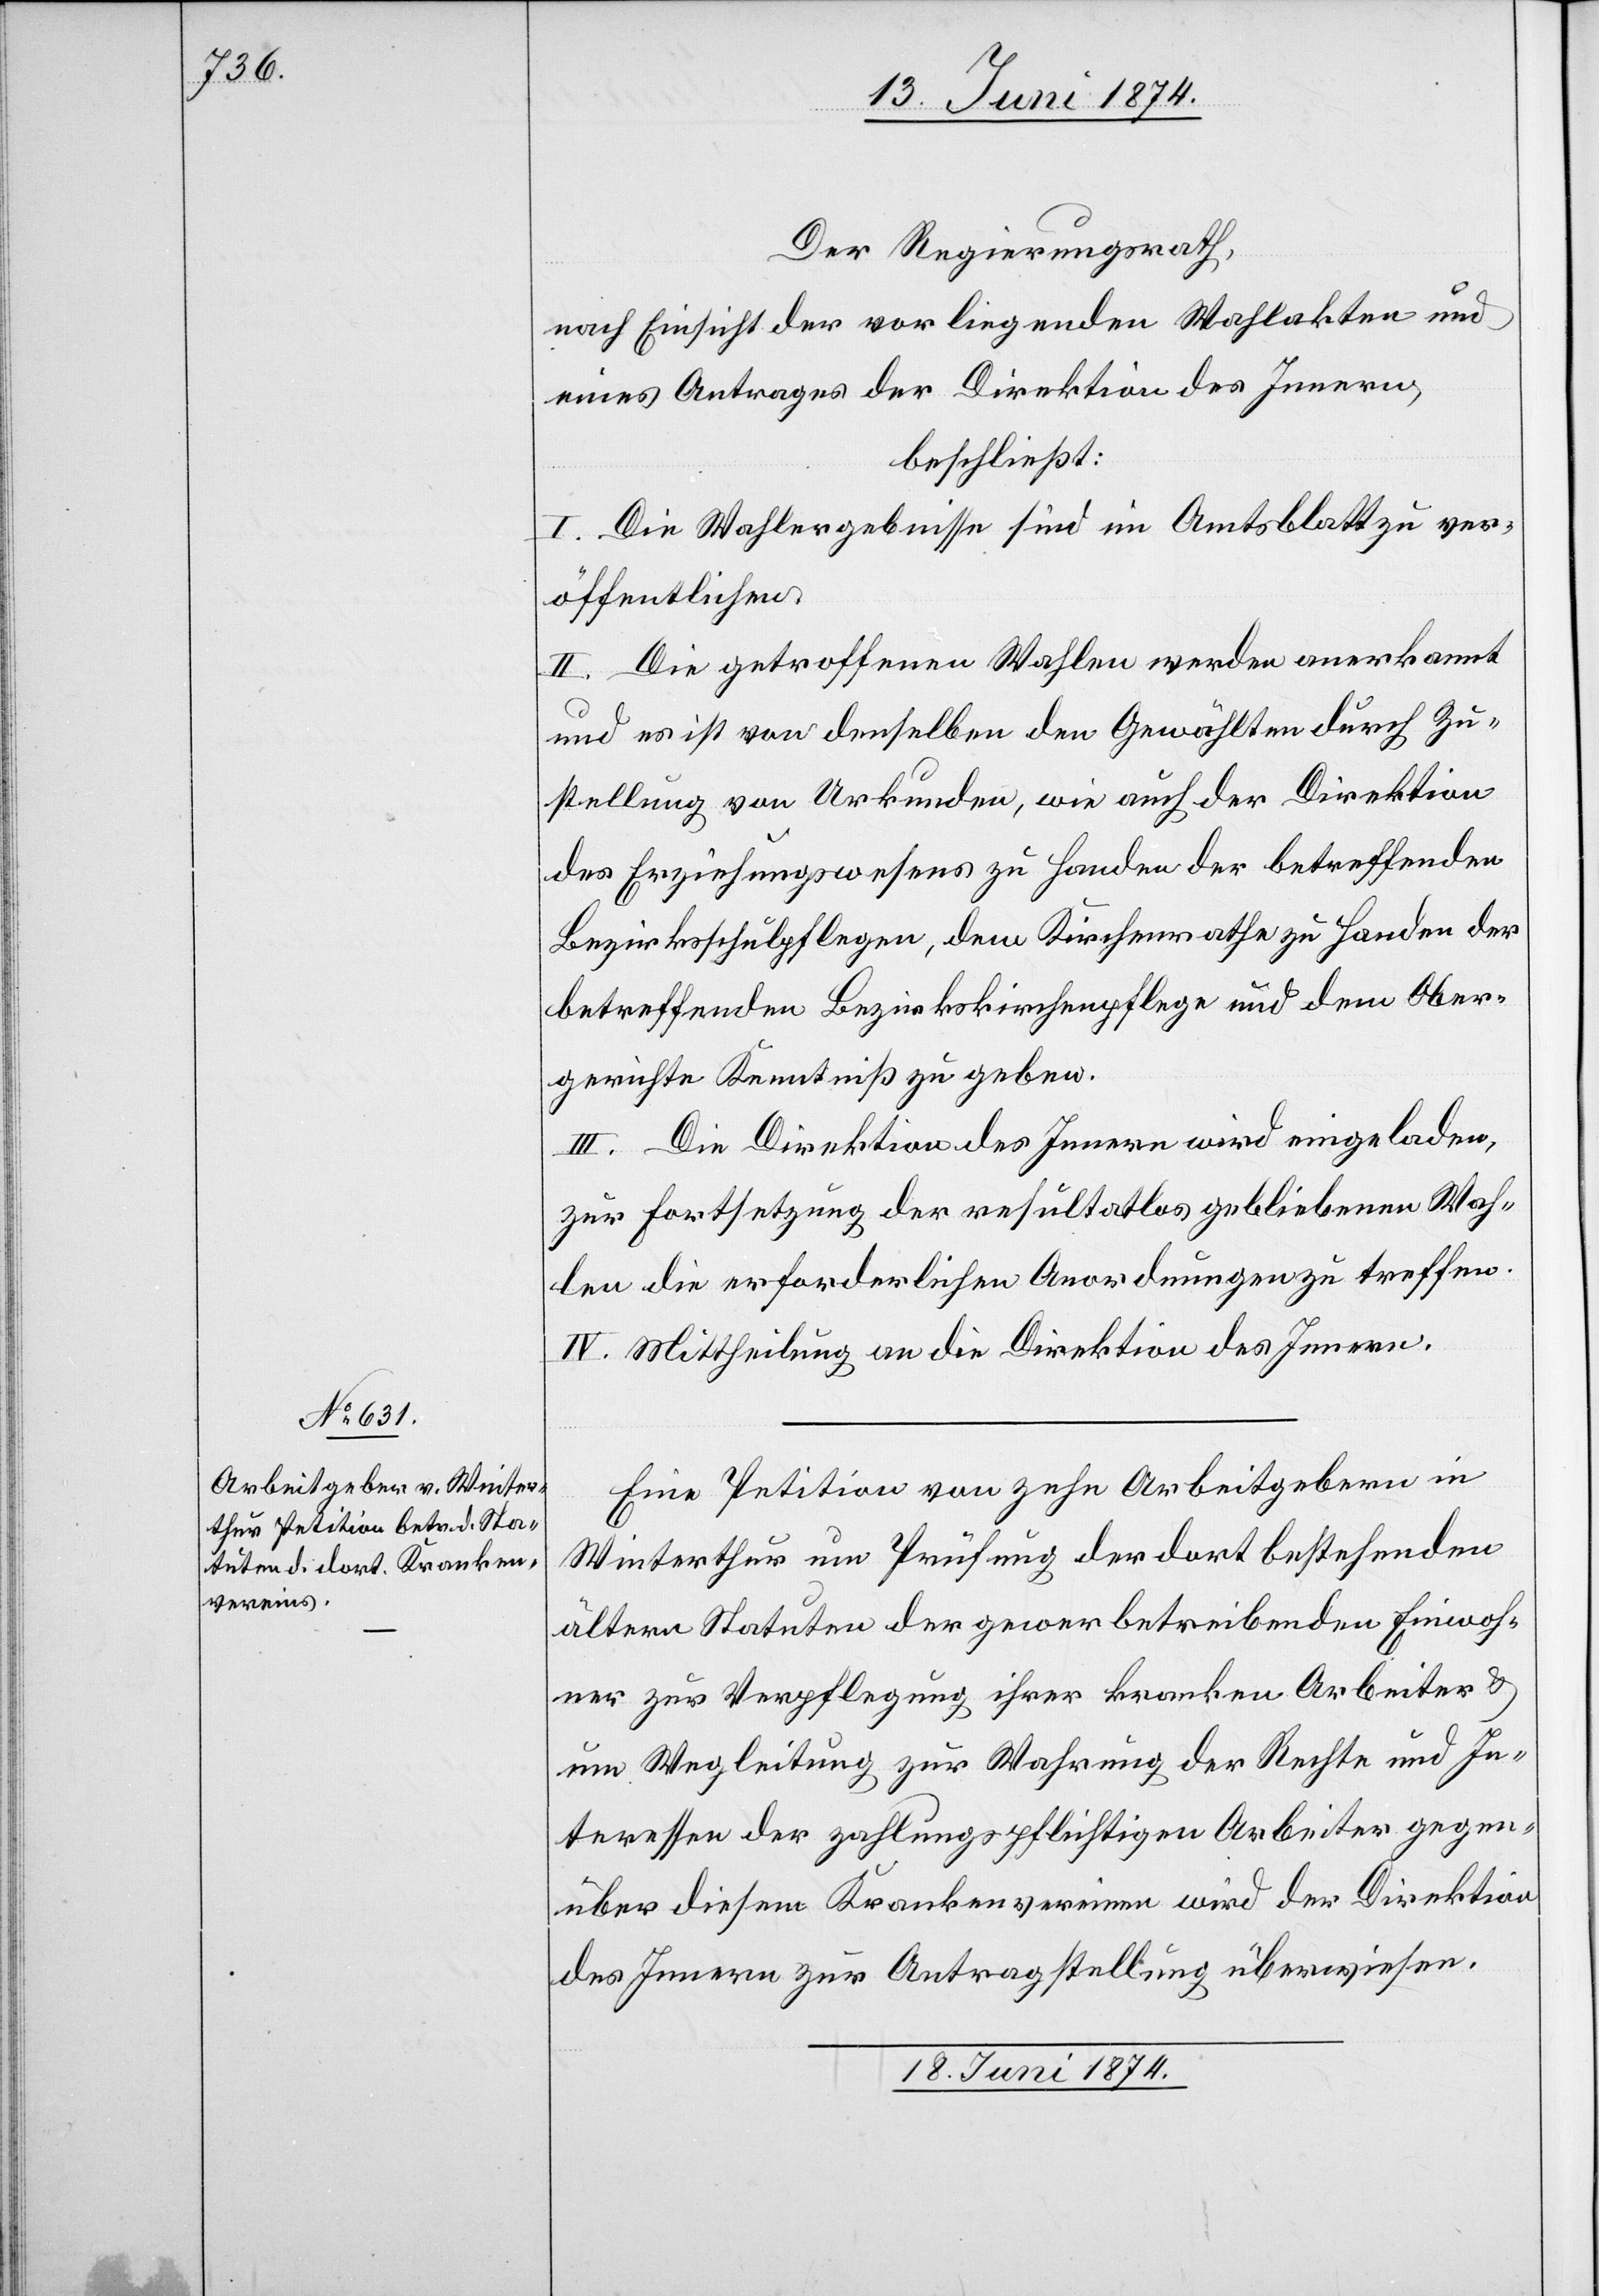
17. Juni 1874.]
Der Regierungsrath,
nach Einsicht der vorliegenden Wahlakten und
eines Antrages der Direktion des Innern,
beschließt:
I. Die Wahlergebnisse sind im Amtsblatt zu ver¬
öffentlichen.
II. Die getroffenen Wahlen werden anerkannt
und es ist von denselben den Gewählten durch Zu¬
stellung von Urkunden, wie auch der Direktion
des Erziehungswesens zu Handen der betreffenden
Bezirksschulpflegen, dem Kirchenrathe zu Handen der
betreffenden Bezirkskirchenpflege und dem Ober¬
gerichte Kenntniß zu geben.
III. Die Direktion des Innern wird eingeladen,
zur Festsetzung der resultatlos gebliebenen Wah¬
len die erforderlichen Anordnungen zu treffen.
IV. Mittheilung an die Direktion des Innern.
Eine Petition von zehn Arbeitgebern in
Winterthur um Prüfung der dort bestehenden
ältern Statuten der gewerbetreibenden Einwoh¬
ner zur Verpflegung ihrer kranken Arbeiter u.
um Wegleitung zur Wahrung der Rechte und In¬
teressen der zahlungspflichtigen Arbeiter gegen¬
über diesen Krankenvereinen wird der Direktion
des Innern zur Antragstellung überwiesen.